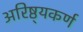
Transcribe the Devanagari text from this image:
अरिष्ठ्यकर्ण